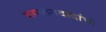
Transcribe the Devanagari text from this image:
भगवानदादांची